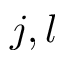
j , l